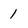
Character: 1